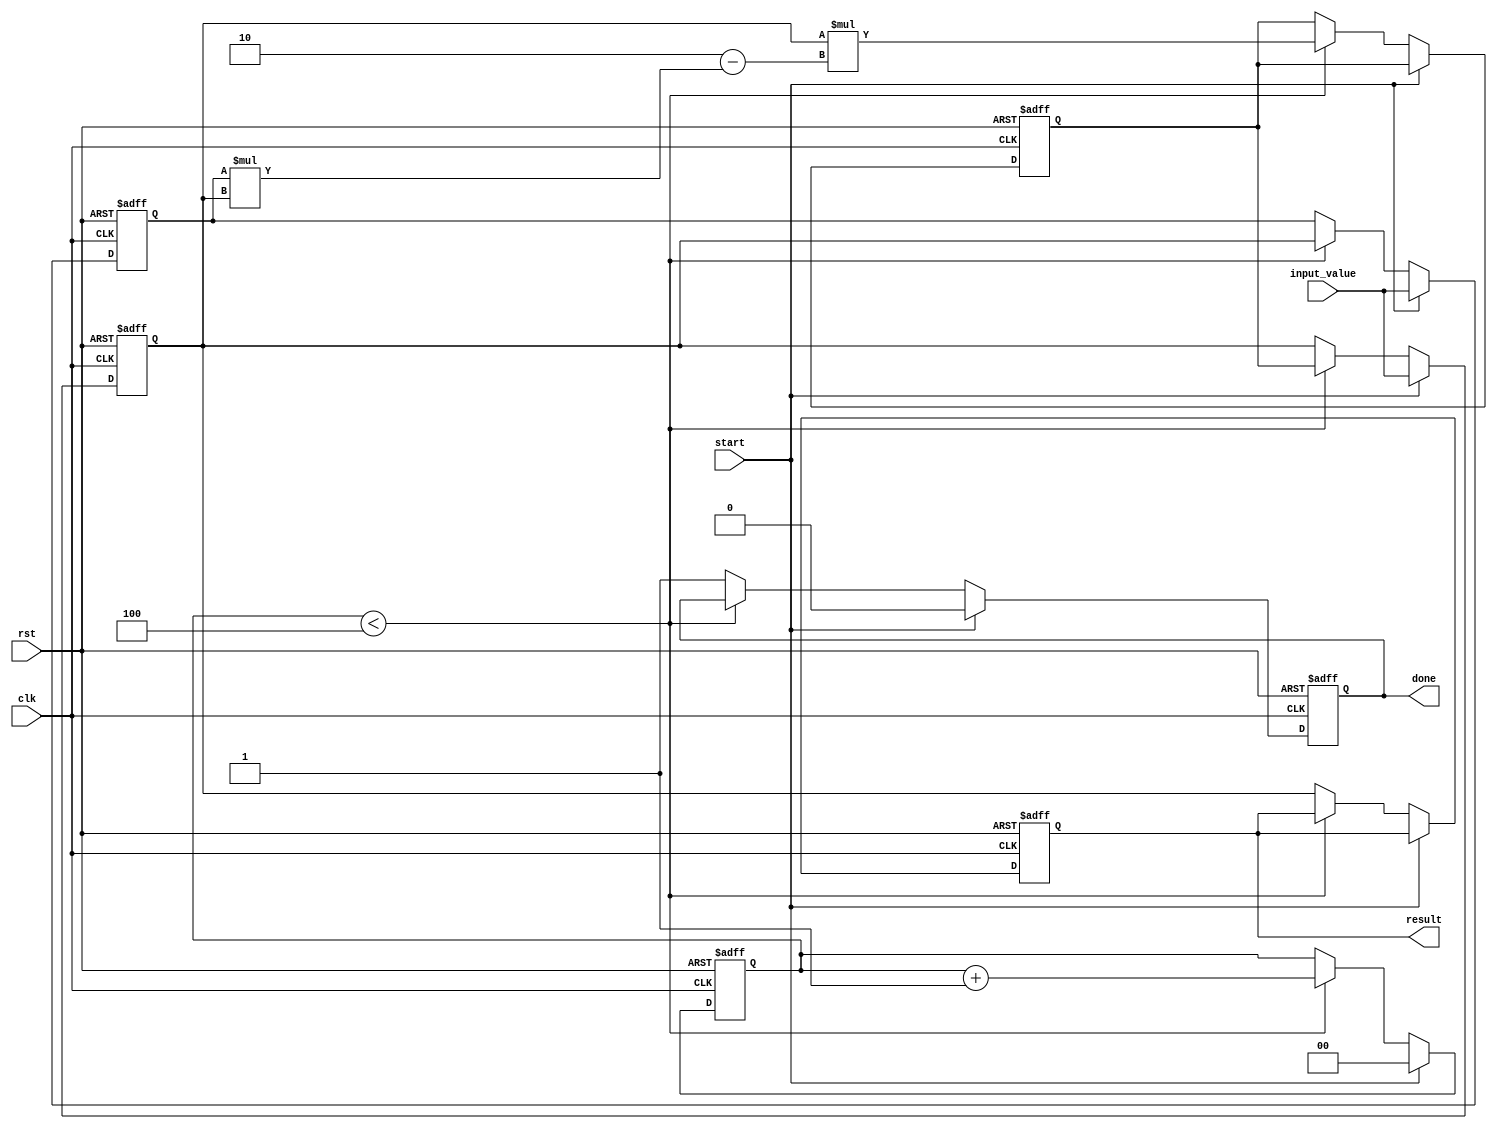
module systolic_array_reciprocal #(
    parameter N = 2, // Size of the systolic array (NxN)
    parameter WIDTH = 16 // Bit-width of the numbers
)(
    input wire clk,
    input wire rst,
    input wire [WIDTH-1:0] input_value, // Input number (for which reciprocal is to be computed)
    input wire start, // Signal to start the computation
    output reg [WIDTH-1:0] result, // Output reciprocal
    output reg done // Signal indicating completion
);

    // Internal signals for the systolic array
    reg [WIDTH-1:0] pe [0:N-1][0:N-1]; // Processing elements
    reg [WIDTH-1:0] x; // Current approximation of the reciprocal
    reg [WIDTH-1:0] x_next; // Next approximation
    reg [N-1:0] state; // State of each PE
    reg [N-1:0] count; // Iteration counter

    // Initialize the processing elements and control signals
    integer i, j;

    always @(posedge clk or posedge rst) begin
        if (rst) begin
            // Reset all states
            for (i = 0; i < N; i = i + 1) begin
                for (j = 0; j < N; j = j + 1) begin
                    pe[i][j] <= 0;
                end
            end
            x <= 0;
            x_next <= 0;
            state <= 0;
            result <= 0;
            done <= 0;
            count <= 0;
        end else if (start) begin
            // Initialize the first PE with the input value
            pe[0][0] <= input_value;
            x <= input_value; // Initial guess for reciprocal
            count <= 0;
            done <= 0;
        end else begin
            // Systolic array computation (Newton-Raphson iteration)
            // Perform iterations
            if (count < 4) begin // Arbitrary number of iterations
                // Update the first PE with the current approximation
                pe[0][0] <= x;

                // Compute in the array
                for (i = 0; i < N; i = i + 1) begin
                    for (j = 0; j < N; j = j + 1) begin
                        if (i == 0 && j == 0) begin
                            // First PE computes x_next = x * (2 - input_value * x)
                            x_next <= x * (2 - (pe[0][0] * x));
                        end else if (j > 0) begin
                            // Pass the value to the next PE in the row
                            pe[i][j] <= pe[i][j-1];
                        end
                    end
                end

                // Update x for the next iteration
                x <= x_next;
                count <= count + 1;
            end else begin
                // Output the final result after iterations
                result <= x;
                done <= 1;
            end
        end
    end
endmodule